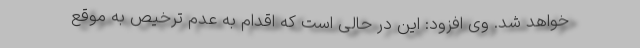
خواهد شد. وی افزود: این در حالی است که اقدام به عدم ترخیص به موقع